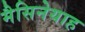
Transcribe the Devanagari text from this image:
मैसिनेयाह